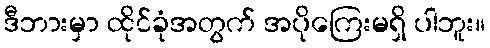
ဒီဘားမှာ ထိုင်ခုံအတွက် အပိုကြေးမရှိ ပါဘူး။